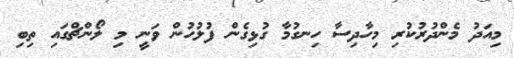
މިއަދު މެންދުރުކުރި މިހާދިސާ ހިނގުމާ ގުޅިގެން ފުލުހުން ވަނީ މި ލޯންޗްގައި ތިބި